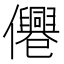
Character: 𠑣